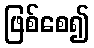
ဖြစ်စေ၍